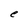
Character: e